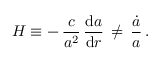
H \equiv - \, \frac { c } { a ^ { 2 } } \, \frac { \mathrm { d } a } { \mathrm { d } r } \, \ne \, \frac { \dot { a } } { a } \, .